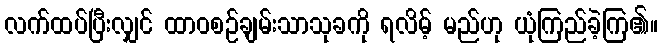
လက်ထပ်ပြီးလျှင် ထာဝစဉ်ချမ်းသာသုခကို ရလိမ့် မည်ဟု ယုံကြည်ခဲ့ကြ၏။